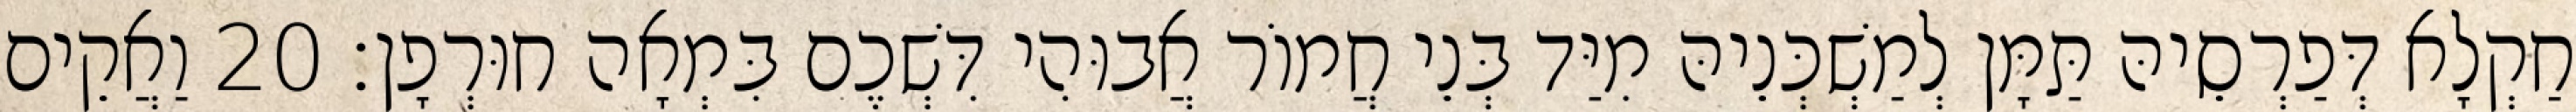
חַקְלָא דְּפַרְסֵיהּ תַּמָּן לְמַשְׁכְּנֵיהּ מִיַּד בְּנֵי חֲמוֹר אֲבוּהִי דִּשְׁכֶם בִּמְאָה חוּרְפָן׃ 20 וַאֲקֵים